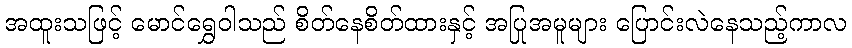
အထူးသဖြင့် မောင်ရွှေဝါသည် စိတ်နေစိတ်ထားနှင့် အပြုအမူများ ပြောင်းလဲနေသည့်ကာလ